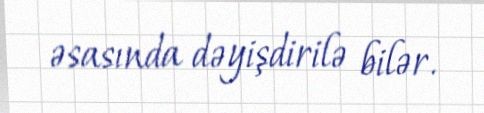
əsasında dəyişdirilə bilər.